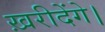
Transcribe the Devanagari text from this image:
ख़रीदेंगे।